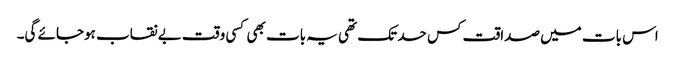
اس بات میں صداقت کس حد تک تھی یہ بات بھی کسی وقت بے نقاب ہوجائے گی۔